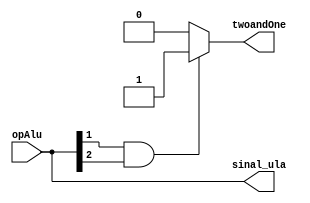
module controleAlu (
    opAlu,
    twoandOne,
    sinal_ula
);

input[2:0] opAlu;
output reg twoandOne;
output reg[2:0] sinal_ula;

always @(*)
    begin
        if (opAlu[1] & opAlu[2]) begin
            twoandOne = 1;    
        end else begin
            twoandOne = 0;
        end
        sinal_ula = opAlu;
    end
endmodule